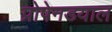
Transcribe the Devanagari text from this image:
प्रोपेनडयाल